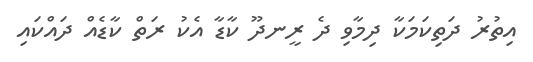
އިތުރު ދަތިކަމަކާ ދިމާވި ދެ ރީނދޫ ކާޑާ އެކު ރަތް ކާޑެއް ދައްކައި